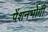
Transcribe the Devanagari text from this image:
पेंशनभोगी